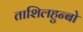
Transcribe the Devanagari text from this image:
ताशिलहुन्बो